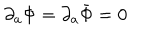
\partial _ { a } \Phi = \partial _ { a } \bar { \Phi } = 0